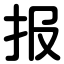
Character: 报